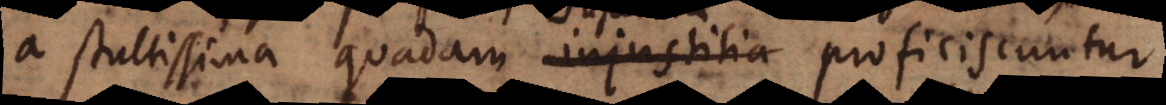
a stultissima quadam injustitia profi[ci]scuntur,